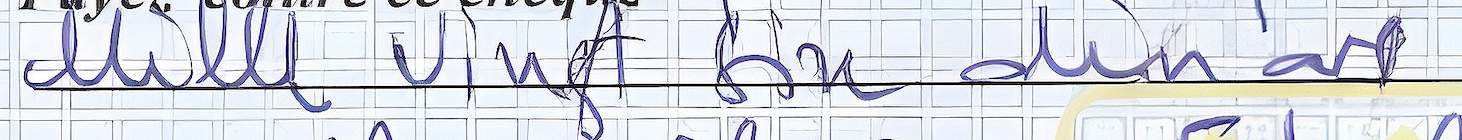
Mille Vingt Six dinars